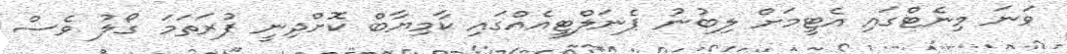
ވަނަ މިނެޓްގައި އެޓީމަށް ލިބުނު ޕެނަލްޓީއެއްގައި ކާމިޔާބް ކޮށްދިނީ ފުރަތަމަ ގޯލު ވެސް